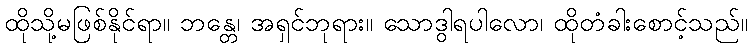
ထိုသို့မဖြစ်နိုင်ရာ။ ဘန္တေ၊ အရှင်ဘုရား။ သောဒွါရပါလော၊ ထိုတံခါးစောင့်သည်။